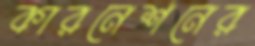
কারনেশনের